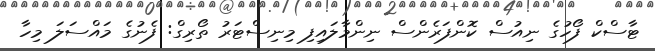
ޓާސްކް ފޯހުގެ ނިއުސް ކޮންފަރެންސް ނިންމާލައިފި މިނިސްޓަރު ތޯރިގް: ފެނުގެ މައްސަލަ މިހާ